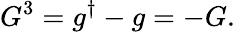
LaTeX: G^{3}=g^{\dagger}-g=-G.